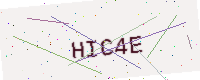
Text: HIC4E